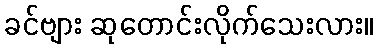
ခင်ဗျား ဆုတောင်းလိုက်သေးလား။